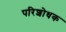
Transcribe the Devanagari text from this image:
परिशोधक